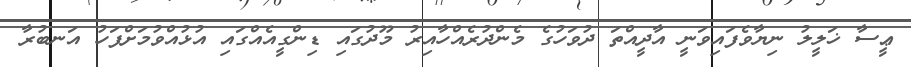
ޢީސާ ޚަލީލު ނިޔާވެފައިވަނީ އާދީއްތަ ދުވަހުގެ މެންދުރެއްހާއިރު މޫދުގައި ޑިންގީއެއްގައި އުޅުއްވުމަށްފަހު އަނބުރާ